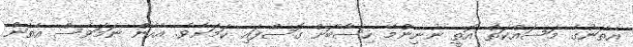
އެތަނުގެ މަސައްްކަތް އޮތީ ނުނިންމޭ ހިސާބަށް ގޮސްފައި ކަމަށެވެ. އެހެންް ނަމަވެސް އެތަން